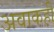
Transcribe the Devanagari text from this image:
अवाकही